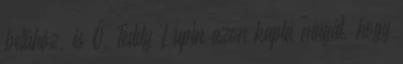
betűhöz, és Ő, Teddy Lupin azon kapta magát, hogy